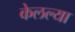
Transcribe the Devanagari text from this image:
केलल्या